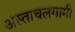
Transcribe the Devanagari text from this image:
अस्ताचलगामी